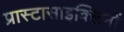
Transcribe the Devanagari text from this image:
प्रास्टासाइक्लिनों